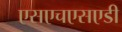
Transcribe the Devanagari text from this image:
एसएचएसएडी